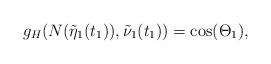
LaTeX: \begin{align*}g_H(N(\tilde\eta_1(t_1)),\tilde\nu_1(t_1))=\cos(\Theta_1),\end{align*}